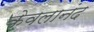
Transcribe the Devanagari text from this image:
केवलानंद